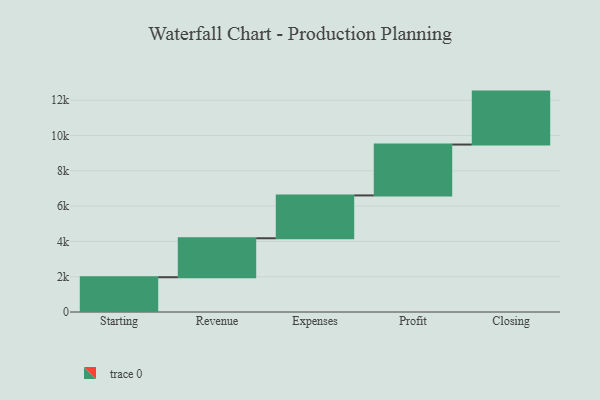
{"axis": {"x": "Step", "y": "Value"}, "legend": [""], "data": [{"x": "Starting", "y": 1970.0, "type": ""}, {"x": "Revenue", "y": 2208.0, "type": ""}, {"x": "Expenses", "y": 2427.0, "type": ""}, {"x": "Profit", "y": 2882.0, "type": ""}, {"x": "Closing", "y": 3000, "type": ""}]}